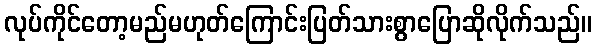
လုပ်ကိုင်တော့မည်မဟုတ်ကြောင်းပြတ်သားစွာပြောဆိုလိုက်သည်။